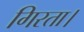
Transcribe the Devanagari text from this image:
गिरता।